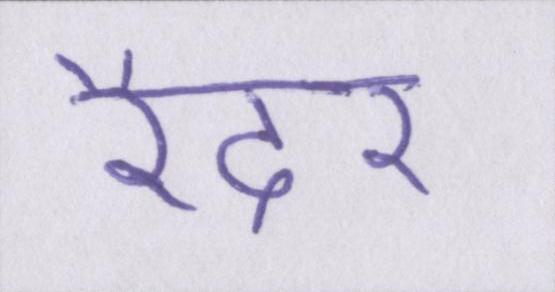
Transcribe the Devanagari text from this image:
रैदर